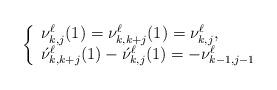
LaTeX: \begin{align*}\left\{ \begin{array}{l}\nu^\ell_{k,j}(1)=\nu^\ell_{k,k+j}(1)=\nu^\ell_{k,j}, \\\acute\nu^\ell_{k,k+j}(1)-\acute \nu^\ell_{k,j}(1)=-\nu_{k-1,j-1}^\ell\end{array} \right.\end{align*}